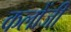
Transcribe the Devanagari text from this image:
कलोंजी